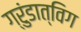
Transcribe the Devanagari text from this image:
ग्रुंडात्विग